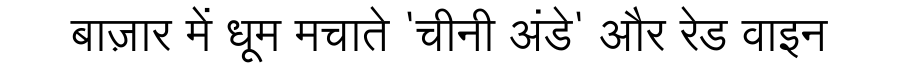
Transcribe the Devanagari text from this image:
बाज़ार में धूम मचाते 'चीनी अंडे' और रेड वाइन